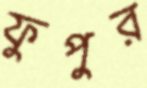
ফুপুর